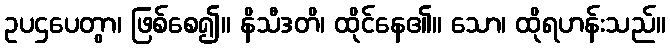
ဥပဌပေတွာ၊ ဖြစ်စေ၍။ နိသီဒတိ၊ ထိုင်နေ၏။ သော၊ ထိုရဟန်းသည်။